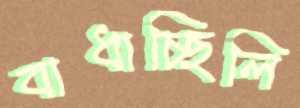
বাধাচ্ছিলি